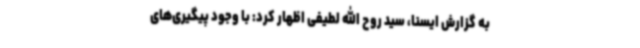
به گزارش ایسنا، سید روح الله لطیفی اظهار کرد: با وجود پیگیری‌های